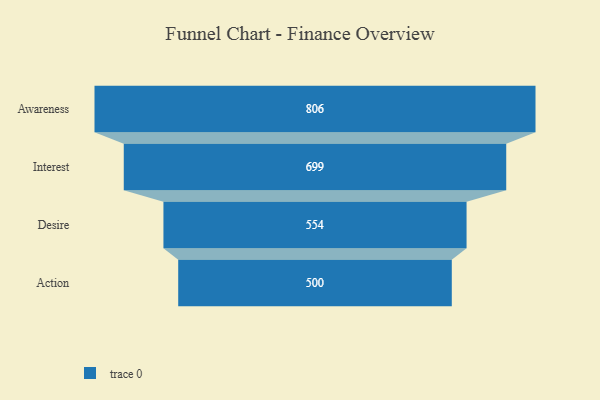
{"axis": {"x": "Stage", "y": "Value"}, "legend": [""], "data": [{"x": "Awareness", "y": 806.0, "type": ""}, {"x": "Interest", "y": 699.0, "type": ""}, {"x": "Desire", "y": 554.0, "type": ""}, {"x": "Action", "y": 500, "type": ""}]}